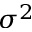
\sigma ^ { 2 }